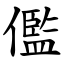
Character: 儖